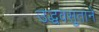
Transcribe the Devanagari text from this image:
उद्धवसुताने